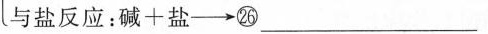
与盐反应：碱+盐\longrightarrow㉖___